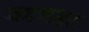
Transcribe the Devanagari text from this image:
कांचगृह